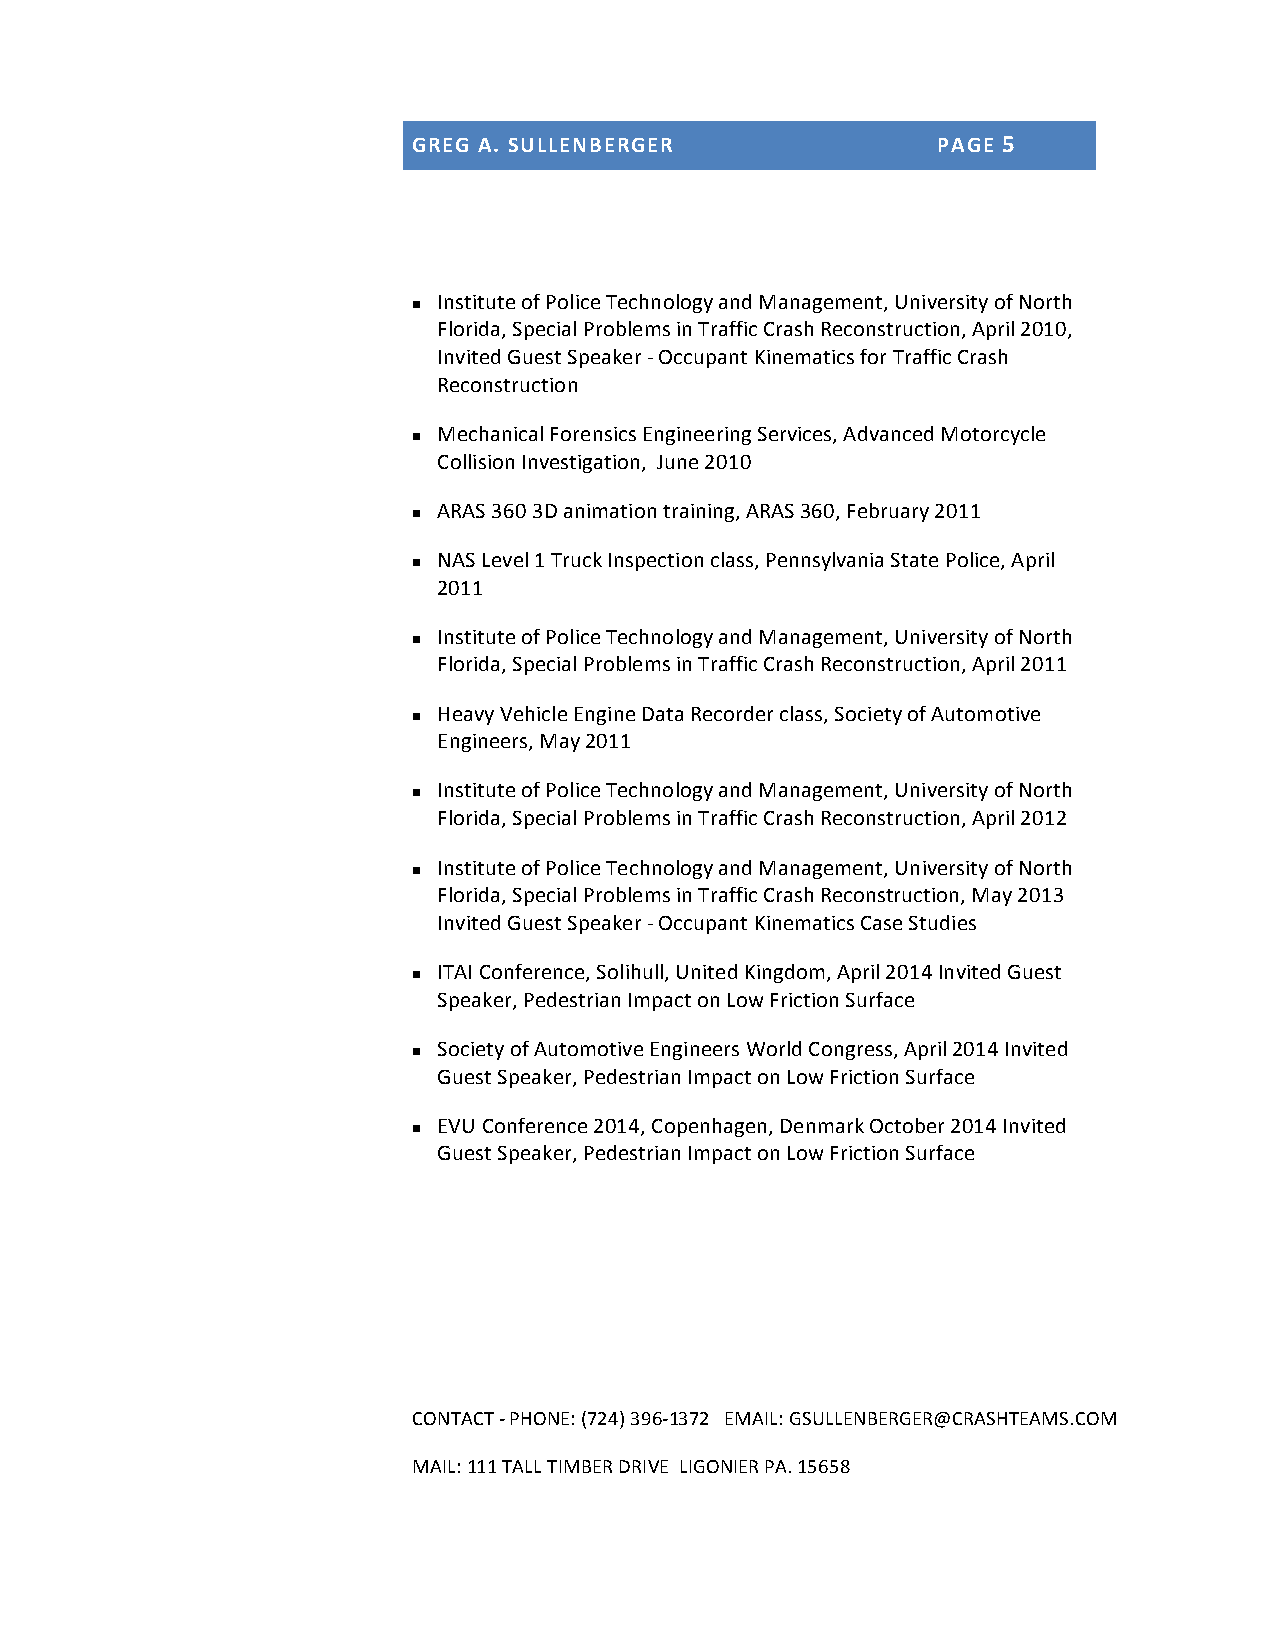
GREG A. SULLENBERGER               PAGE 5
 Institute of Police Technology and Management, University of North
 n
 Florida, Special Problems in Traffic Crash Reconstruction, April 2010,
 Invited Guest Speaker -­‐ Occupant Kinematics for Traffic Crash
 Reconstruction
 Mechanical Forensics Engineering Services, Advanced Motorcycle
 n
 Collision Investigation, June 2010
 ARAS 360 3D animation training, ARAS 360, February 2011
 n
 NAS Level 1 Truck Inspection class, Pennsylvania State Police, April
 n
 2011
 Institute of Police Technology and Management, University of North
 n
 Florida, Special Problems in Traffic Crash Reconstruction, April 2011
 Heavy Vehicle Engine Data Recorder class, Society of Automotive
 n
 Engineers, May 2011
 Institute of Police Technology and Management, University of North
 n
 Florida, Special Problems in Traffic Crash Reconstruction, April 2012
 Institute of Police Technology and Management, University of North
 n
 Florida, Special Problems in Traffic Crash Reconstruction, May 2013
 Invited Guest Speaker -­‐ Occupant Kinematics Case Studies
 ITAI Conference, Solihull, United Kingdom, April 2014 Invited Guest
 n
 Speaker, Pedestrian Impact on Low Friction Surface
 Society of Automotive Engineers World Congress, April 2014 Invited
 n
 Guest Speaker, Pedestrian Impact on Low Friction Surface
 EVU Conference 2014, Copenhagen, Denmark October 2014 Invited
 n
 Guest Speaker, Pedestrian Impact on Low Friction Surface
 CONTACT -­‐ PHONE: (724) 396-­‐1372 EMAIL: GSULLENBERGER@CRASHTEAMS.COM
 MAIL: 111 TALL TIMBER DRIVE LIGONIER PA. 15658